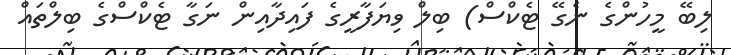
ލިބޭ މީހުންގެ ނެގޭ ޓެކްސް) ބިލް ވިޔަފާރީގެ ފައިދާއިން ނަގާ ޓެކްސްގެ ބިލްތައް